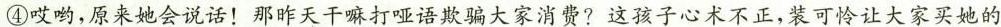
④哎哟，原来她会说话！那昨天干嘛打哑语欺骗大家消费?这孩子心术不正，装可怜让大家买她的